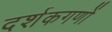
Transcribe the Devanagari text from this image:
दर्शकगणों